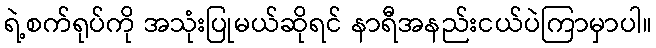
ရဲ့စက်ရုပ်ကို အသုံးပြုမယ်ဆိုရင် နာရီအနည်းငယ်ပဲကြာမှာပါ။